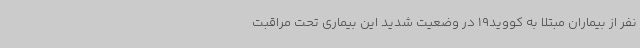
نفر از بیماران مبتلا به کووید19 در وضعیت شدید این بیماری تحت مراقبت